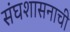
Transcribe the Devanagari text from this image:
संघशासनाची